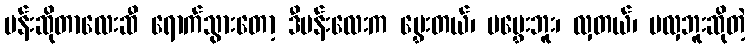
ပန်းဆိုတာလေးဆီ ရောက်သွားတော့ ဒီပန်းလေးက မွှေးတယ်၊ မမွှေးဘူး၊ လှတယ်၊ မလှဘူးဆိုတဲ့